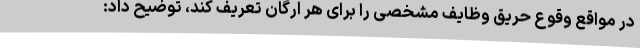
در مواقع وقوع حریق وظایف مشخصی را برای هر ارگان تعریف کند، توضیح داد: